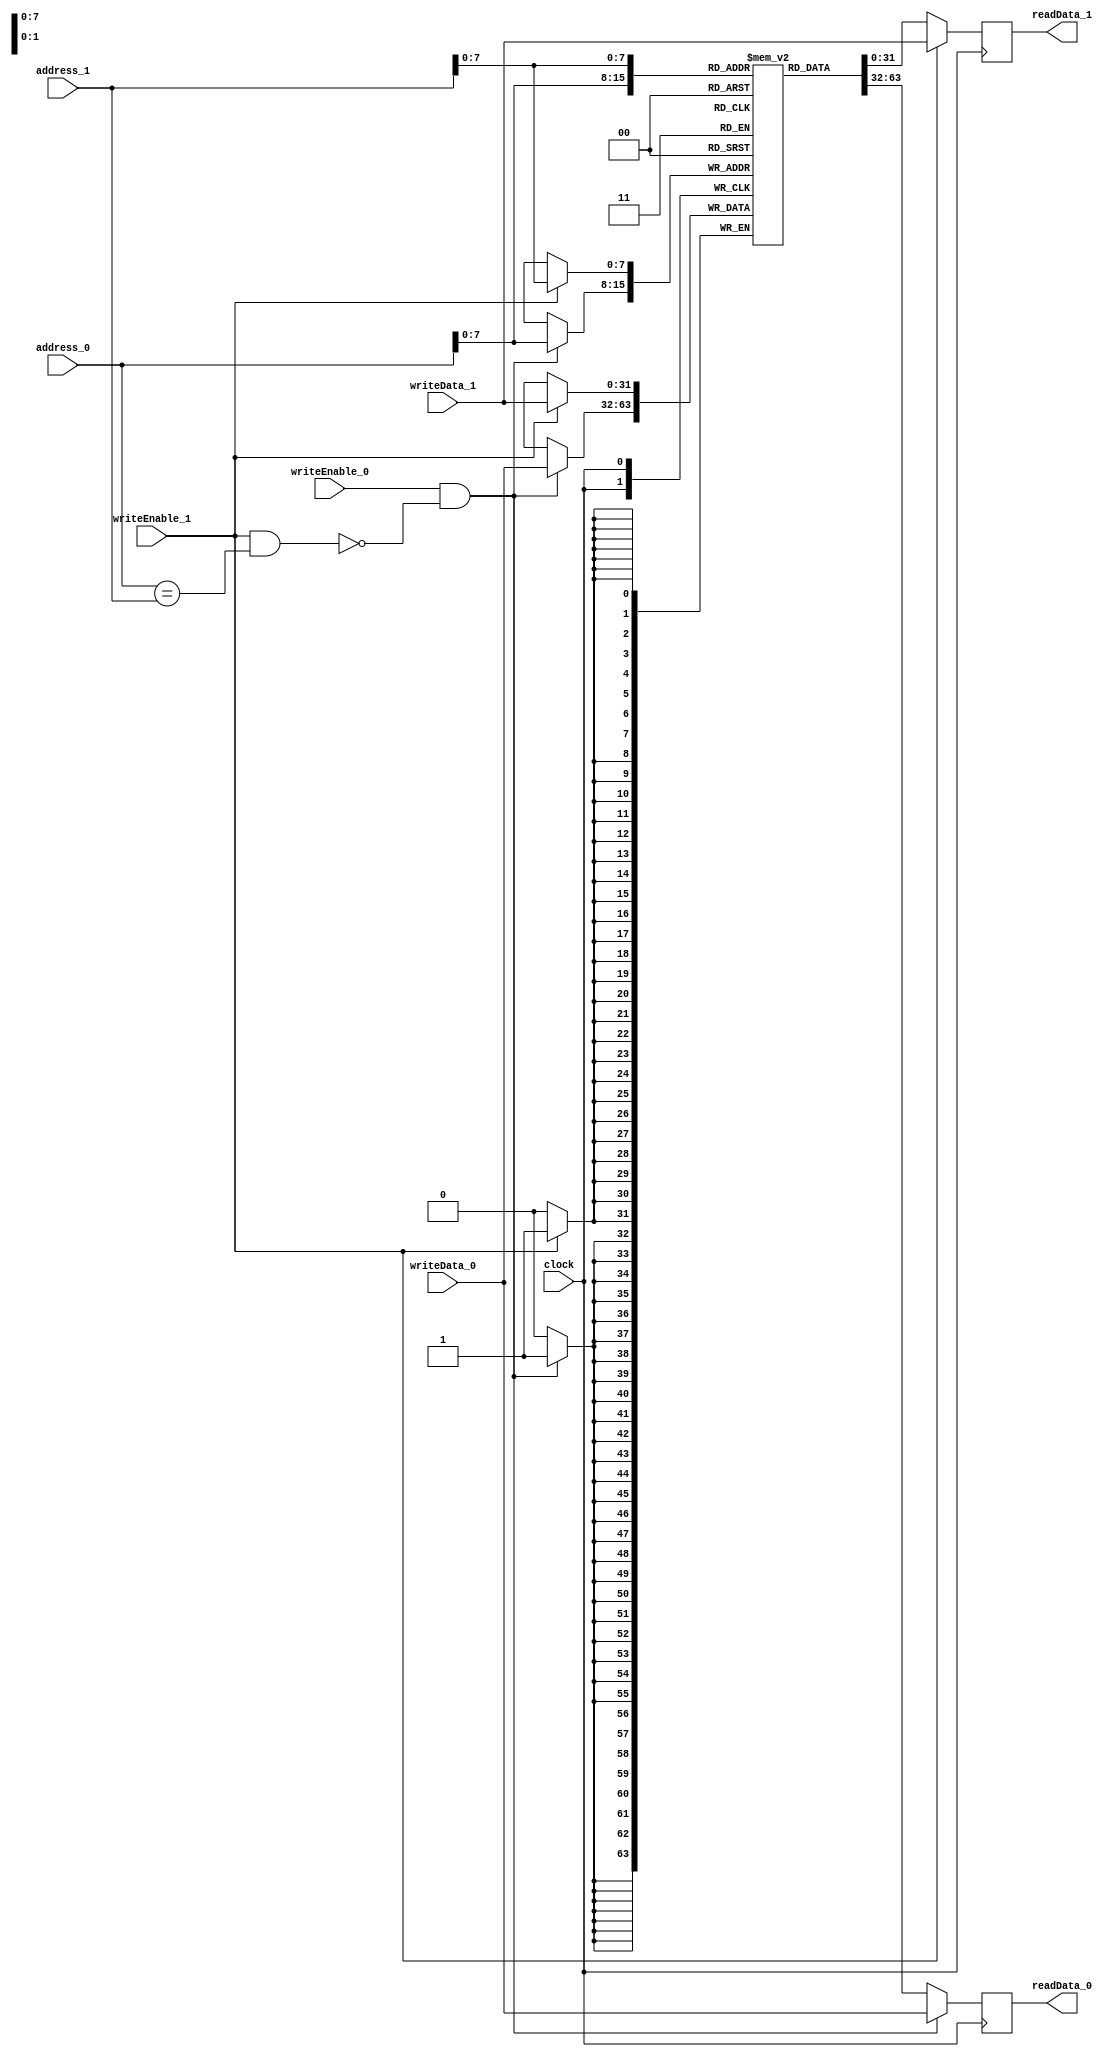
/** @module : simple_dual_port_ram
 *  @author : Secure, Trusted, and Assured Microelectronics (STAM) Center

 *  Copyright (c) 2022 Trireme (STAM/SCAI/ASU)
 *  Permission is hereby granted, free of charge, to any person obtaining a copy
 *  of this software and associated documentation files (the "Software"), to deal
 *  in the Software without restriction, including without limitation the rights
 *  to use, copy, modify, merge, publish, distribute, sublicense, and/or sell
 *  copies of the Software, and to permit persons to whom the Software is
 *  furnished to do so, subject to the following conditions:
 *  The above copyright notice and this permission notice shall be included in
 *  all copies or substantial portions of the Software.

 *  THE SOFTWARE IS PROVIDED "AS IS", WITHOUT WARRANTY OF ANY KIND, EXPRESS OR
 *  IMPLIED, INCLUDING BUT NOT LIMITED TO THE WARRANTIES OF MERCHANTABILITY,
 *  FITNESS FOR A PARTICULAR PURPOSE AND NONINFRINGEMENT. IN NO EVENT SHALL THE
 *  AUTHORS OR COPYRIGHT HOLDERS BE LIABLE FOR ANY CLAIM, DAMAGES OR OTHER
 *  LIABILITY, WHETHER IN AN ACTION OF CONTRACT, TORT OR OTHERWISE, ARISING FROM,
 *  OUT OF OR IN CONNECTION WITH THE SOFTWARE OR THE USE OR OTHER DEALINGS IN
 *  THE SOFTWARE.
 */


/**
* Module description
* ------------------
 *  - Dual port RAM without pass-through logic for cross-port read during
 *    write.
 *  - When both ports simultaneously write to the same address, port1 gets
 *    priority.
 */

module simple_dual_port_ram #(
parameter DATA_WIDTH    = 32,
          ADDRESS_WIDTH = 32,
          INDEX_BITS    =  8,
          PROGRAM       = ""
) (
input clock,
input writeEnable_0, writeEnable_1, // we0 made writeEnable_1 & we1 made writeEnable_2
input  [DATA_WIDTH-1:0]    writeData_0, // data_in0 => writeData_1
input  [DATA_WIDTH-1:0]    writeData_1, // data_in1 => writeData_2
input  [ADDRESS_WIDTH-1:0] address_0, // address0 => address_1
input  [ADDRESS_WIDTH-1:0] address_1, //address1 => address_2
output reg [DATA_WIDTH-1:0] readData_0, // data_out0 => readData_1
output reg [DATA_WIDTH-1:0] readData_1 // data_out1 => readData_2
);
	
localparam RAM_DEPTH = 1 << INDEX_BITS;
//localparam NUM_BYTES = DATA_WIDTH/8; // added to match dpBbe

reg [DATA_WIDTH-1:0] ram [0:RAM_DEPTH-1];

wire port0_we;

assign port0_we = writeEnable_0 & ~(writeEnable_1 & (address_0 == address_1)); // If both ports
                                                         // attempt writing to
                                                         // the same address,
                                                         // port1 gets
                                                         // priority.

// port A
always@(posedge clock)begin
  if(port0_we) begin
    ram[address_0] <= writeData_0;
	  readData_0     <= writeData_0;
  end
  else begin
	  readData_0 <= ram[address_0];
  end
end

// port B
always@(posedge clock)begin
  if(writeEnable_1) begin
    ram[address_1]  <= writeData_1;
	  readData_1      <= writeData_1;
  end
  else begin
	  readData_1 <= ram[address_1];
  end
end

// Memory initialization only if parameter PROGRAM is a non empty string

initial begin
  if(PROGRAM != "")begin
    $readmemh(PROGRAM, ram);
  end
end

endmodule